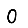
Digit: 0